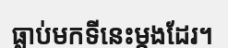
ធ្លាប់មកទីនេះម្តងដែរ។